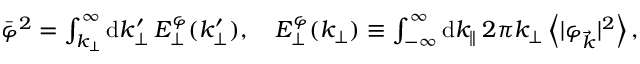
\begin{array} { r } { \bar { \varphi } ^ { 2 } = \int _ { k _ { \perp } } ^ { \infty } \mathrm { d } k _ { \perp } ^ { \prime } \: E _ { \perp } ^ { \varphi } ( k _ { \perp } ^ { \prime } ) , \quad E _ { \perp } ^ { \varphi } ( k _ { \perp } ) \equiv \int _ { - \infty } ^ { \infty } \mathrm { d } k _ { \parallel } \: 2 \pi k _ { \perp } \left< | \varphi _ { \vec { k } } | ^ { 2 } \right> , } \end{array}